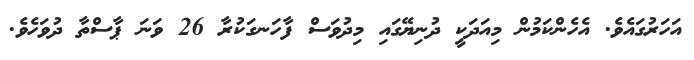
އަހަރުގައެވެ. އެހެންކަމުން މިއަދަކީ ދުނިޔޭގައި މިދުވަސް ފާހަނގަކުރާ 26 ވަނަ ޕާސްތާ ދުވަހެވެ.